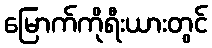
မြောက်ကိုရီးယားတွင်